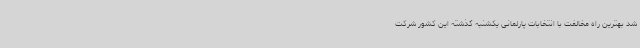
شد بهترین راه مخالفت با انتخابات پارلمانی یکشنبه گذشته این کشور شرکت